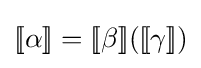
[\![\alpha ]\!]=[\![\beta ]\!]([\![\gamma ]\!])